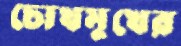
চোখমুখের